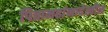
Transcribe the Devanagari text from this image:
पितामहांनादेखील